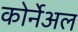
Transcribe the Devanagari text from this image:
कोर्नेअल